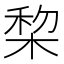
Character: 棃